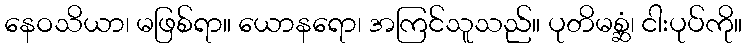
နေဝသိယာ၊ မဖြစ်ရာ။ ယောနရော၊ အကြင်သူသည်။ ပုတိမစ္ဆံ၊ ငါးပုပ်ကို။